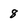
Character: 8